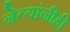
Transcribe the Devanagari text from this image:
नेत्यांनीही